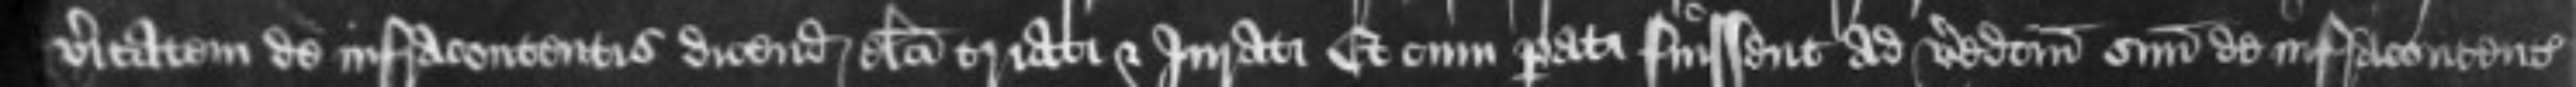
veritatem de infracontentis dicendam electi triati et Jurati Et cum parati fuissent ad veredictum suum de infracontentis